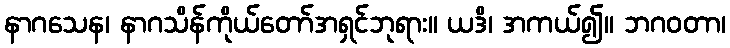
နာဂသေန၊ နာဂသိန်ကိုယ်တော်အရှင်ဘုရား။ ယဒိ၊ အကယ်၍။ ဘဂဝတာ၊